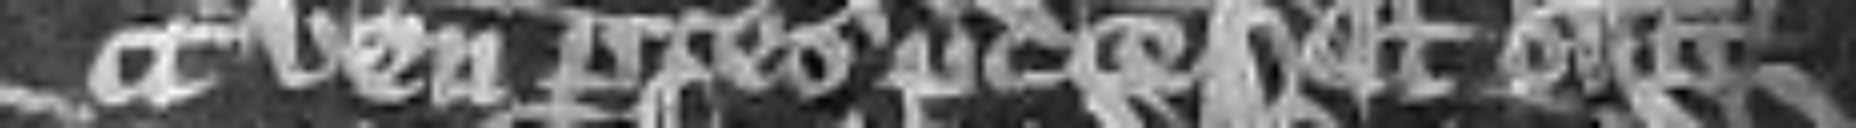
veniunt partes predicte et similiter